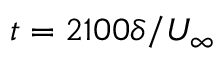
t = 2 1 0 0 \delta / U _ { \infty }